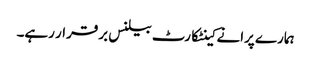
ہمارے پرانے کینٹکارٹ بیلنس برقرار رہے۔